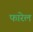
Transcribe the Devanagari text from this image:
फारेल